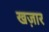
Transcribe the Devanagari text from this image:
खज़ार